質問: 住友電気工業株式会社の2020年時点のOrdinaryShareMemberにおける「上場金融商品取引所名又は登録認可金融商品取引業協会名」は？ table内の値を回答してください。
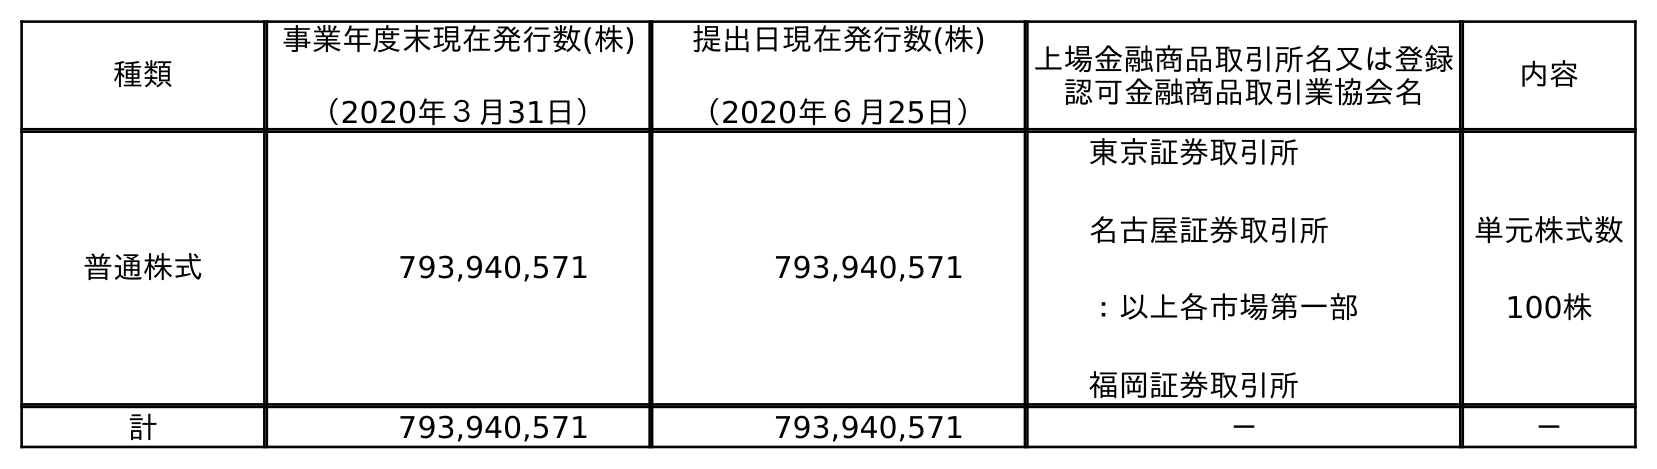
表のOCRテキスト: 種類 事業年度末現在発行数(株) （2020年３月31日） 提出日現在発行数(株) （2020年６月25日） 上場金融商品取引所名又は登録 認可金融商品取引業協会名 内容 普通株式 793,940,571 793,940,571 東京証券取引所 名古屋証券取引所 ：以上各市場第一部 福岡証券取引所 単元株式数 100株 計 793,940,571 793,940,571 － －
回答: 東京証券取引所名古屋証券取引所：以上各市場第一部福岡証券取引所